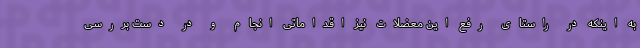
به اینکه در راستای رفع این معضلات نیز اقداماتی انجام و در دست بررسی